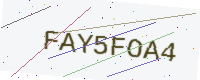
Text: FAY5FOA4